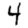
Digit: 4